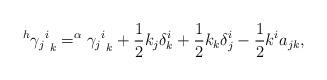
LaTeX: \begin{align*}^{h}{{\gamma_{j}}^{i}}_k = ^{\alpha}{{\gamma_{j}}^{i}}_k + \frac{1}{2}k_j\delta^i_k + \frac{1}{2}k_k\delta^i_j - \frac{1}{2}k^ia_{jk},\end{align*}